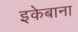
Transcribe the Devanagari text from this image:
इकेबाना